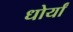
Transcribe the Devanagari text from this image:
धोर्यां